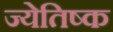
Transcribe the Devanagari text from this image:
ज्येतिष्क